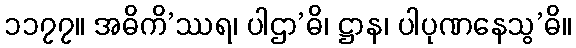
၁၁၇၇။ အဓိကိ’ဿရ၊ ပါဌာ’ဓိ၊ ဋ္ဌာန၊ ပါပုဏနေသွ’ဓိ။